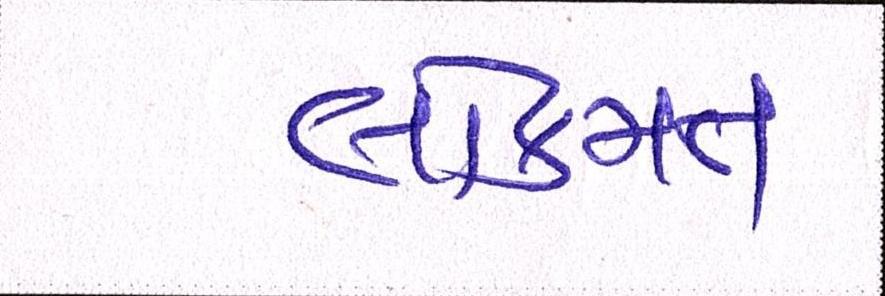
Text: લોકમત